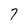
Character: 7